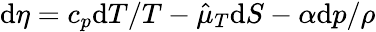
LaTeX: \mathrm{d}\eta=c_{p}\mathrm{d}T/T-\hat{\mu}_{T}\mathrm{d}S-\alpha\mathrm{d}p/\rho